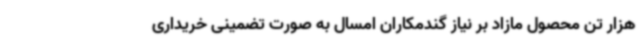
هزار تن محصول مازاد بر نیاز گندمکاران امسال به صورت تضمینی خریداری